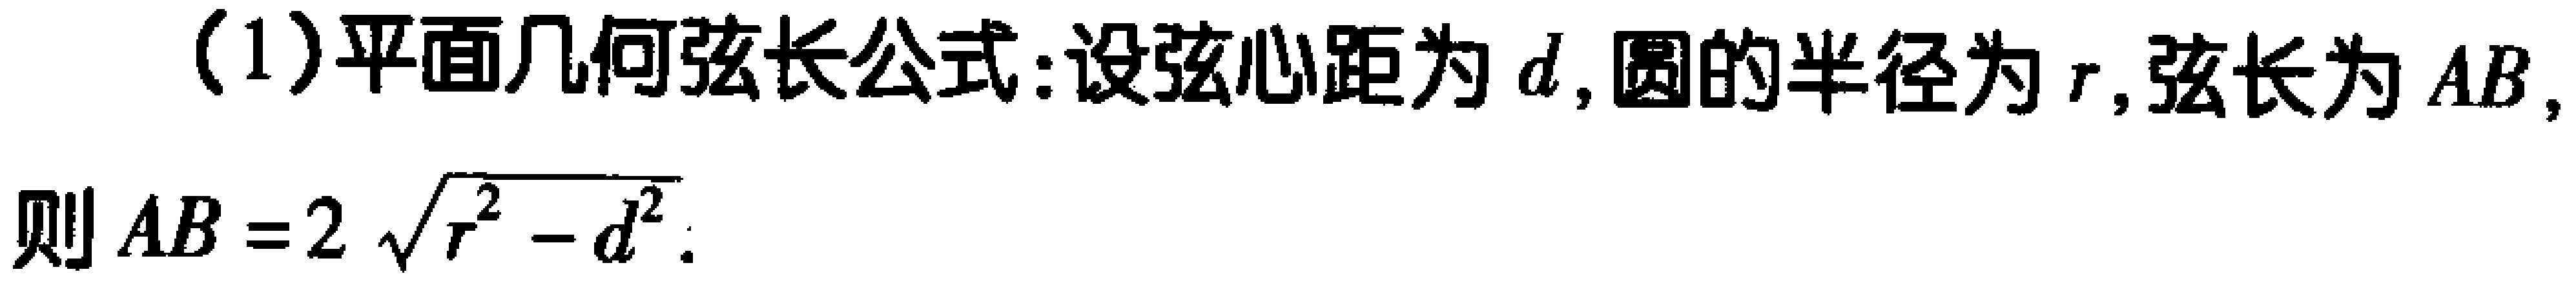
(1)平面几何弦长公式:设弦心距为\(d\),圆的半径为\(r\),弦长为\(AB\),
则\(AB = 2\sqrt{r^{2}-d^{2}}\).